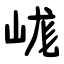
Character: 㟌